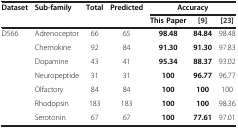
| <ROWSPAN=2> Dataset | <ROWSPAN=2> Sub-family | <ROWSPAN=2> Total | <ROWSPAN=2> Predicted | <COLSPAN=3> Accuracy |
 | This Paper | [9] | [23] |
 | --- | --- | --- | --- | --- | --- | --- |
 | <ROWSPAN=6> D566 | Adrenoceptor | 66 | 65 | 98.48 | 84.84 | 98.48 |
 | Chemokine | 92 | 84 | 91.30 | 91.30 | 97.83 |
 | Dopamine | 43 | 41 | 95.34 | 88.37 | 93.02 |
 | Neuropeptide | 31 | 31 | 100 | 96.77 | 96.77 |
 | Olfactory | 84 | 84 | 100 | 100 | 100 |
 | Rhodopsin | 183 | 183 | 100 | 100 | 98.36 |
 |  | Serotonin | 67 | 67 | 100 | 77.61 | 97.01 |